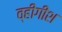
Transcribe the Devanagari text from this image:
व्हीगीश